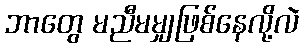
ဘာတွေ မညီမမျှဖြစ်နေလို့လဲ